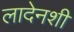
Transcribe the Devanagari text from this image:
लादेनशी